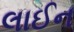
લાઈન